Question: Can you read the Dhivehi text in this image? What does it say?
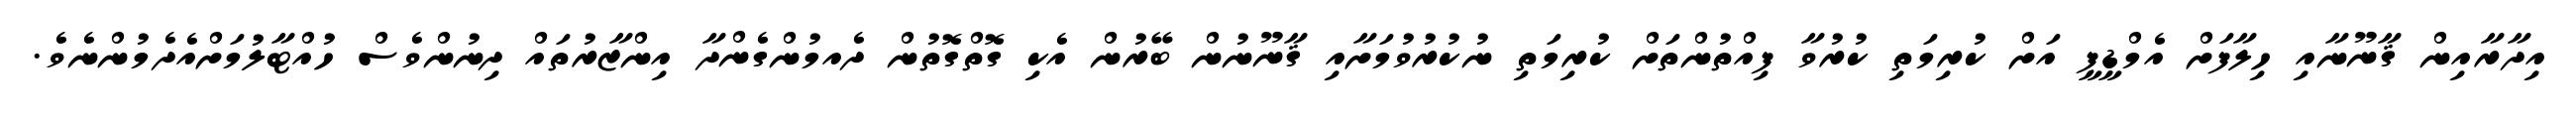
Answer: އިދާރާއިން ޤާނޫނާއި ހިލާފަށް އެމްޑީޕީ އަށް ކުރިމަތި ކުރުވާ ފިއްތުންތަށް ކުރިމަތި ނުކުރުވުމަށާއި ޤާނޫނުން ބޭރުން އެކި ގޮތްގޮތުން ދެއމުންގެންދާ އިންޒާރުތައް ދިނުންވެސް ހުއްޓާލުމަށްއެދެމުންނެވެ.